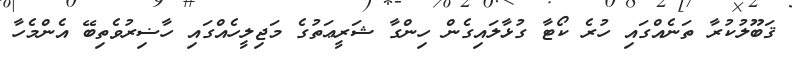
ޤަބޫލުކުރާ ތަނެއްގައި ހުރެ ކޯޓާ ގުޅާލައިގެން ހިންގާ ޝަރީޢަތުގެ މަޖިލީހެއްގައި ހާޟިރުވެތިބޭ އެންމެހާ